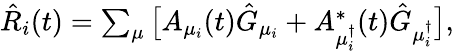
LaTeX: \begin{array}{r}{\hat{R}_{i}(t)=\sum_{\mu}\big[A_{\mu_{i}}(t)\hat{G}_{\mu_{i}}+A_{\mu_{i}^{\dagger}}^{*}(t)\hat{G}_{\mu_{i}^{\dagger}}\big],}\end{array}